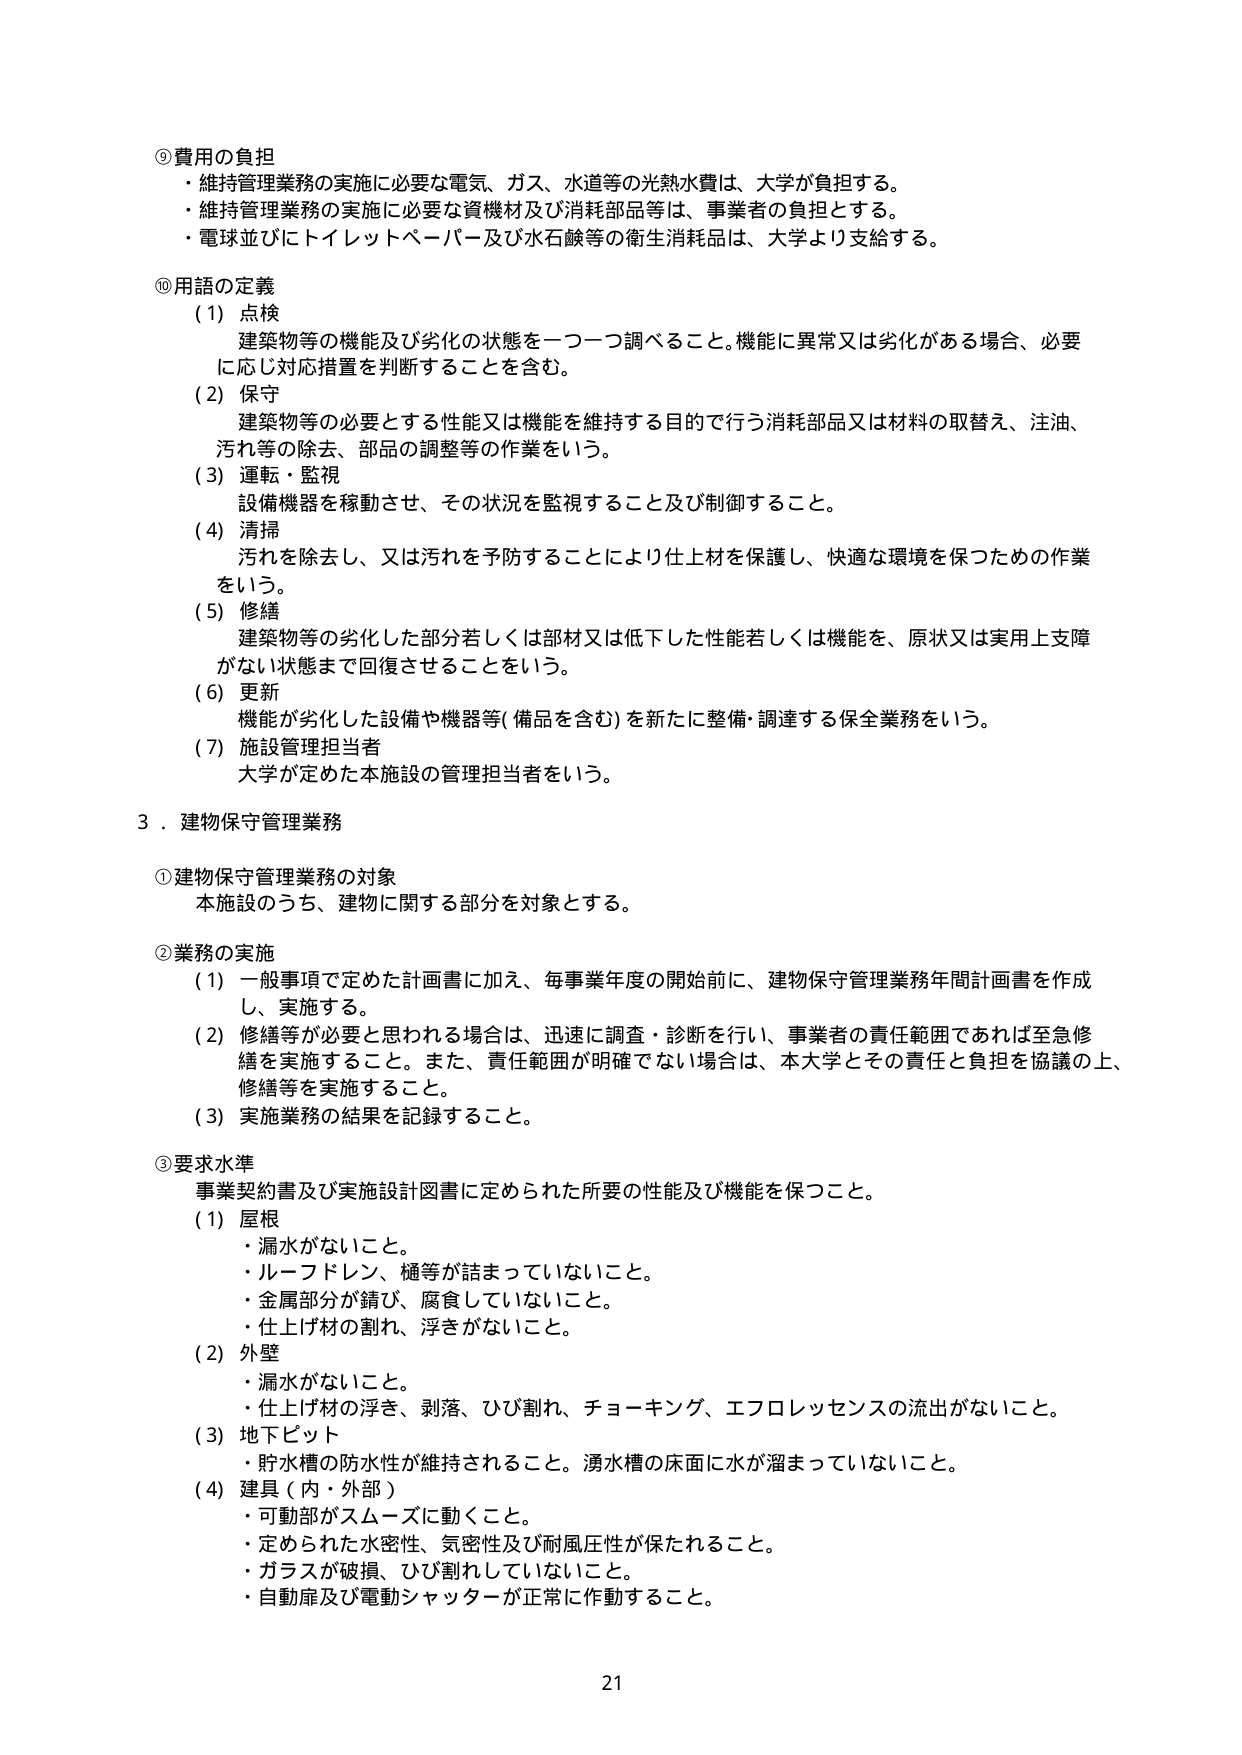
⑨費用の負担
・維持管理業務の実施に必要な電気、ガス、水道等の光熱水費は、大学が負担する。
・維持管理業務の実施に必要な資機材及び消耗部品等は、事業者の負担とする。
・電球並びにトイレットペーパー及び水石鹸等の衛生消耗品は、大学より支給する。

⑩用語の定義
（1）点検
建築物等の機能及び劣化の状態を一つ一つ調べること。機能に異常又は劣化がある場合、必要に応じ対応措置を判断することを含む。
（2）保守
建築物等の必要とする性能又は機能を維持する目的で行う消耗部品又は材料の取替え、注油、汚れ等の除去、部品の調整等の作業をいう。
（3）運転・監視
設備機器を稼動させ、その状況を監視すること及び制御すること。
（4）清掃
汚れを除去し、又は汚れを予防することにより仕上材を保護し、快適な環境を保つための作業をいう。
（5）修繕
建築物等の劣化した部分若しくは部材又は低下した性能若しくは機能を、原状又は実用上支障がない状態まで回復させることをいう。
（6）更新
機能が劣化した設備や機器等（備品を含む）を新たに整備・調達する保全業務をいう。
（7）施設管理担当者
大学が定めた本施設の管理担当者をいう。

３．建物保守管理業務

①建物保守管理業務の対象
本施設のうち、建物に関する部分を対象とする。

②業務の実施
（1）一般事項で定めた計画書に加え、毎事業年度の開始前に、建物保守管理業務年間計画書を作成し、実施する。
（2）修繕等が必要と思われる場合は、迅速に調査・診断を行い、事業者の責任範囲であれば至急修繕を実施すること。また、責任範囲が明確でない場合は、本大学とその責任と負担を協議の上、修繕等を実施すること。
（3）実施業務の結果を記録すること。

③要求水準
事業契約書及び実施設計図書に定められた所要の性能及び機能を保つこと。
（1）屋根
・漏水がないこと。
・ルーフドレン、樋等が詰まっていないこと。
・金属部分が錆び、腐食していないこと。
・仕上げ材の割れ、浮きがないこと。
（2）外壁
・漏水がないこと。
・仕上げ材の浮き、剥落、ひび割れ、チョーキング、エフロレッセンスの流出がないこと。
（3）地下ピット
・貯水槽の防水性が維持されること。湧水槽の床面に水が溜まっていないこと。
（4）建具（内・外部）
・可動部がスムーズに動くこと。
・定められた水密性、気密性及び耐風圧性が保たれること。
・ガラスが破損、ひび割れていないこと。
・自動扉及び電動シャッターが正常に作動すること。

21